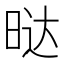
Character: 𭦆